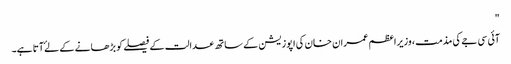
"
آئی سی جے کی مذمت، وزیراعظم عمران خان کی اپوزیشن کے ساتھ عدالت کے فیصلے کو بڑھانے کے لۓ آتا ہے۔